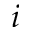
i